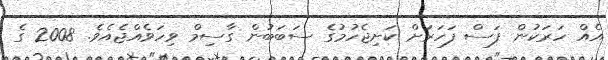
އެއް ހަރަކުން ފަސް ފަހަރަށް ކަށިޖެހުމުގެ ސަބަބުން ގާސިމް ވިހަވެއްޖެއެވެ. 2008 ގެ